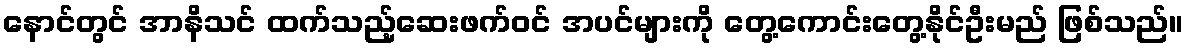
နောင်တွင် အာနိသင် ထက်သည့်ဆေးဖက်ဝင် အပင်များကို တွေ့ကောင်းတွေ့နိုင်ဦးမည် ဖြစ်သည်။